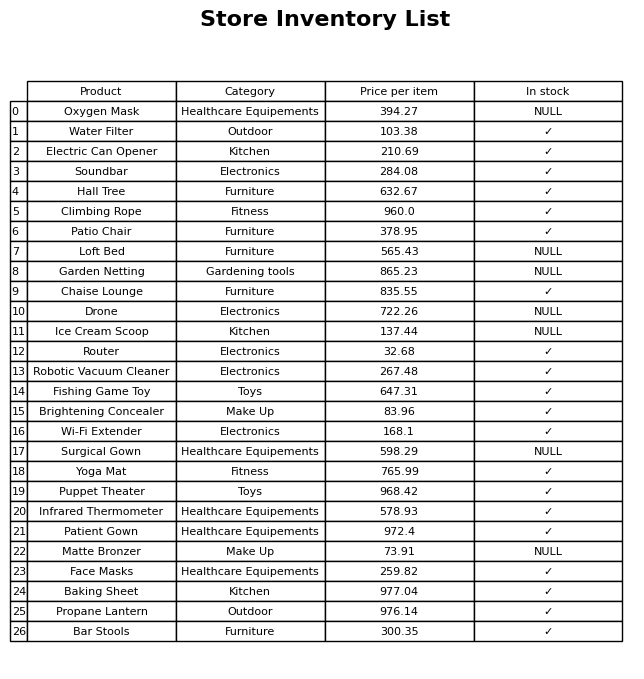
question: What is the price of the Face Masks?
answer: The price of Face Masks is 259.82.